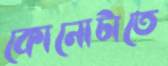
কোনোটাতে